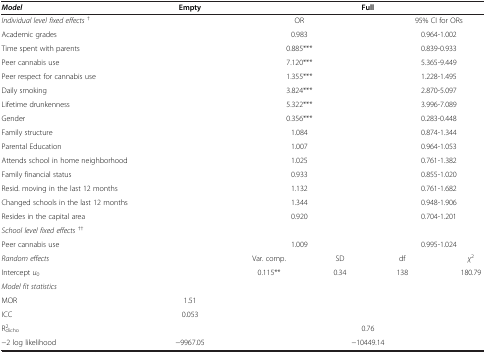
| Model | Empty | <COLSPAN=4> Full |
 | --- | --- | --- | --- | --- | --- |
 | Individual level fixed effects† |  | <COLSPAN=2> OR | <COLSPAN=2> 95% CI for ORs |
 | Academic grades |  | <COLSPAN=2> 0.983 | <COLSPAN=2> 0.964-1.002 |
 | Time spent with parents |  | <COLSPAN=2> 0.885*** | <COLSPAN=2> 0.839-0.933 |
 | Peer cannabis use |  | <COLSPAN=2> 7.120*** | <COLSPAN=2> 5.365-9.449 |
 | Peer respect for cannabis use |  | <COLSPAN=2> 1.355*** | <COLSPAN=2> 1.228-1.495 |
 | Daily smoking |  | <COLSPAN=2> 3.824*** | <COLSPAN=2> 2.870-5.097 |
 | Lifetime drunkenness |  | <COLSPAN=2> 5.322*** | <COLSPAN=2> 3.996-7.089 |
 | Gender |  | <COLSPAN=2> 0.356*** | <COLSPAN=2> 0.283-0.448 |
 | Family structure |  | <COLSPAN=2> 1.084 | <COLSPAN=2> 0.874-1.344 |
 | Parental Education |  | <COLSPAN=2> 1.007 | <COLSPAN=2> 0.964-1.053 |
 | Attends school in home neighborhood |  | <COLSPAN=2> 1.025 | <COLSPAN=2> 0.761-1.382 |
 | Family financial status |  | <COLSPAN=2> 0.933 | <COLSPAN=2> 0.855-1.020 |
 | Resid. moving in the last 12 months |  | <COLSPAN=2> 1.132 | <COLSPAN=2> 0.761-1.682 |
 | Changed schools in the last 12 months |  | <COLSPAN=2> 1.344 | <COLSPAN=2> 0.948-1.906 |
 | Resides in the capital area |  | <COLSPAN=2> 0.920 | <COLSPAN=2> 0.704-1.201 |
 | School level fixed effects†† |  | <COLSPAN=2>  | <COLSPAN=2>  |
 | Peer cannabis use |  | <COLSPAN=2> 1.009 | <COLSPAN=2> 0.995-1.024 |
 | Random effects |  | Var. comp. | SD | df | χ2 |
 | Intercept u0 |  | 0.115** | 0.34 | 138 | 180.79 |
 | Model fit statistics |  |  |  |  |  |
 | MOR | 1.51 | <COLSPAN=4>  |
 | ICC | 0.053 | <COLSPAN=4>  |
 | R2dicho |  | <COLSPAN=4> 0.76 |
 | −2 log likelihood | −9967.05 | <COLSPAN=4> −10449.14 |